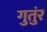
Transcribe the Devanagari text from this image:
गुतुंर